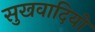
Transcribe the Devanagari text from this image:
सुखवादियों